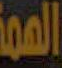
الممة